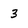
Character: 3